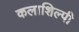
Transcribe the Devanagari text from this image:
कलाशिल्पी